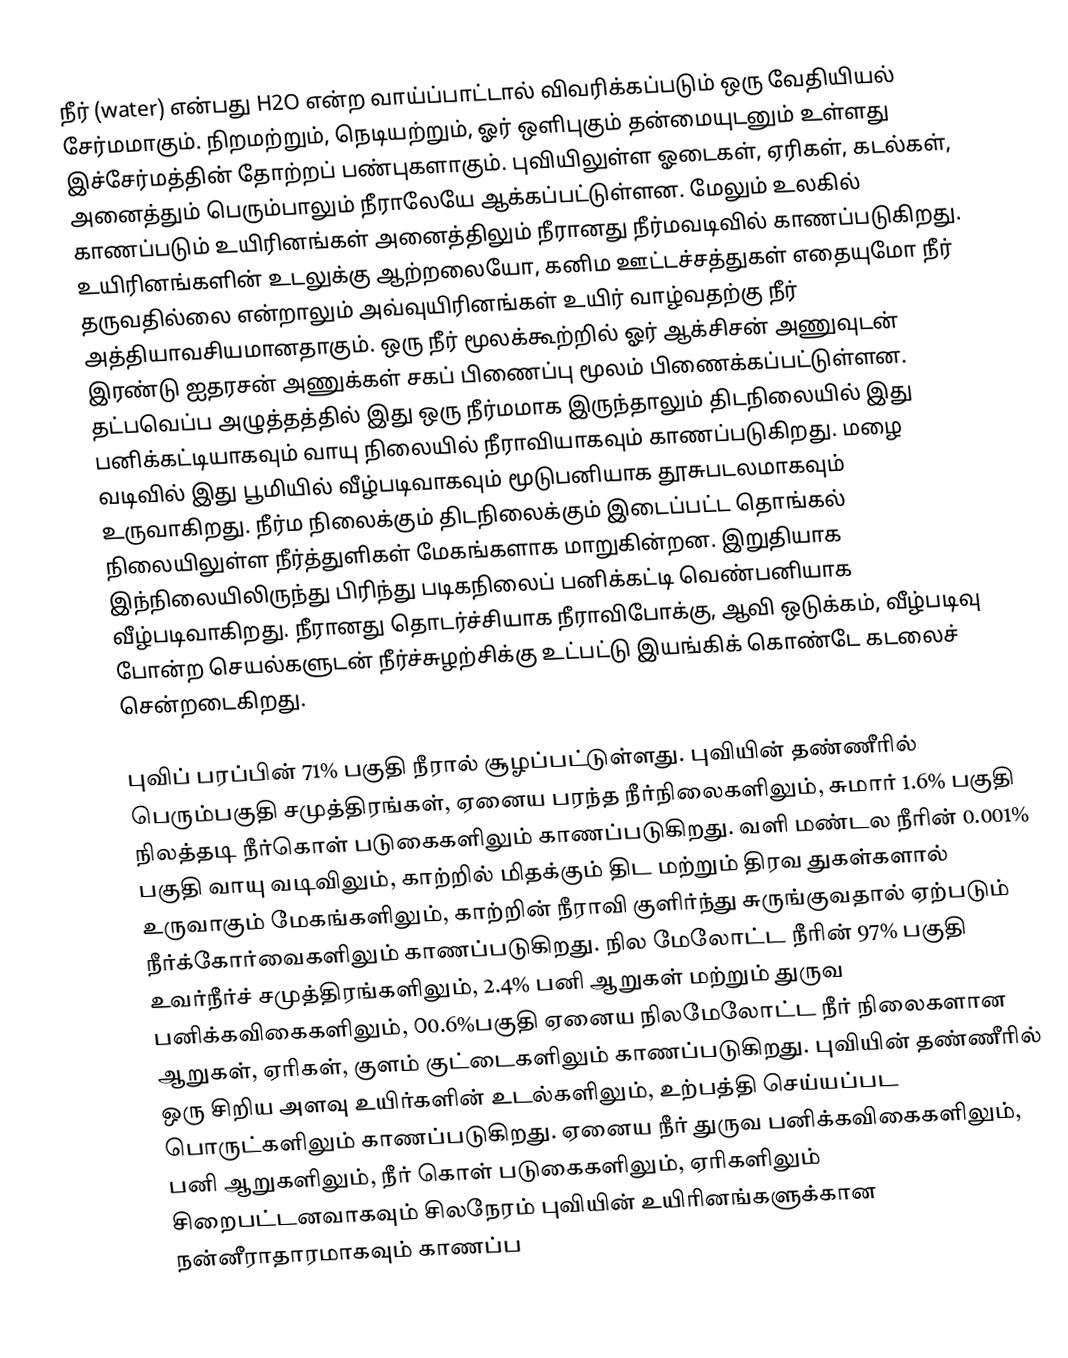
நீர் (water) என்பது H2O என்ற வாய்ப்பாட்டால் விவரிக்கப்படும் ஒரு வேதியியல் சேர்மமாகும். நிறமற்றும், நெடியற்றும், ஓர் ஒளிபுகும் தன்மையுடனும் உள்ளது இச்சேர்மத்தின் தோற்றப் பண்புகளாகும். புவியிலுள்ள ஓடைகள், ஏரிகள், கடல்கள், அனைத்தும் பெரும்பாலும் நீராலேயே ஆக்கப்பட்டுள்ளன. மேலும் உலகில் காணப்படும் உயிரினங்கள் அனைத்திலும் நீரானது நீர்மவடிவில் காணப்படுகிறது. உயிரினங்களின் உடலுக்கு ஆற்றலையோ, கனிம ஊட்டச்சத்துகள் எதையுமோ நீர் தருவதில்லை என்றாலும் அவ்வுயிரினங்கள் உயிர் வாழ்வதற்கு நீர் அத்தியாவசியமானதாகும். ஒரு நீர் மூலக்கூற்றில் ஓர் ஆக்சிசன் அணுவுடன் இரண்டு ஐதரசன் அணுக்கள் சகப் பிணைப்பு மூலம் பிணைக்கப்பட்டுள்ளன. தட்பவெப்ப அழுத்தத்தில் இது ஒரு நீர்மமாக இருந்தாலும் திடநிலையில் இது பனிக்கட்டியாகவும் வாயு நிலையில் நீராவியாகவும்  காணப்படுகிறது. மழை வடிவில் இது பூமியில் வீழ்படிவாகவும் மூடுபனியாக தூசுபடலமாகவும் உருவாகிறது. நீர்ம நிலைக்கும் திடநிலைக்கும் இடைப்பட்ட தொங்கல் நிலையிலுள்ள நீர்த்துளிகள் மேகங்களாக மாறுகின்றன. இறுதியாக இந்நிலையிலிருந்து பிரிந்து படிகநிலைப் பனிக்கட்டி வெண்பனியாக வீழ்படிவாகிறது. நீரானது தொடர்ச்சியாக நீராவிபோக்கு, ஆவி ஒடுக்கம், வீழ்படிவு  போன்ற செயல்களுடன் நீர்ச்சுழற்சிக்கு உட்பட்டு இயங்கிக் கொண்டே கடலைச் சென்றடைகிறது.

புவிப் பரப்பின் 71% பகுதி நீரால் சூழப்பட்டுள்ளது. புவியின் தண்ணீரில் பெரும்பகுதி சமுத்திரங்கள், ஏனைய பரந்த நீர்நிலைகளிலும், சுமார் 1.6% பகுதி நிலத்தடி நீர்கொள் படுகைகளிலும் காணப்படுகிறது. வளி மண்டல நீரின் 0.001% பகுதி வாயு வடிவிலும், காற்றில் மிதக்கும் திட மற்றும் திரவ துகள்களால் உருவாகும் மேகங்களிலும், காற்றின் நீராவி குளிர்ந்து சுருங்குவதால் ஏற்படும் நீர்க்கோர்வைகளிலும் காணப்படுகிறது. நில மேலோட்ட நீரின் 97% பகுதி உவர்நீர்ச் சமுத்திரங்களிலும், 2.4% பனி ஆறுகள் மற்றும் துருவ பனிக்கவிகைகளிலும், ௦0.6%பகுதி ஏனைய நிலமேலோட்ட நீர் நிலைகளான ஆறுகள், ஏரிகள், குளம் குட்டைகளிலும் காணப்படுகிறது. புவியின் தண்ணீரில் ஒரு சிறிய அளவு உயிர்களின் உடல்களிலும், உற்பத்தி செய்யப்பட பொருட்களிலும் காணப்படுகிறது. ஏனைய நீர் துருவ பனிக்கவிகைகளிலும், பனி ஆறுகளிலும், நீர் கொள் படுகைகளிலும், ஏரிகளிலும் சிறைபட்டனவாகவும் சிலநேரம் புவியின் உயிரினங்களுக்கான நன்னீராதாரமாகவும் காணப்ப